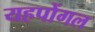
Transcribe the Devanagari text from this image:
यहपोंगल